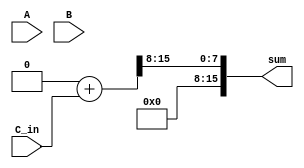
module fixed_point_adder (
    input [15:0] A,
    input [15:0] B,
    input [15:0] C_in,
    output reg [15:0] sum
);

reg [15:0] intermediate_result;
reg [15:0] final_result;

// First arithmetic block
reg [15:0] shift_reg1;
reg [15:0] shifted_A;
reg [15:0] shifted_B;

always @(*) begin
    shift_reg1 = {B[15], B, 8'b0}; // Shift register with B
    shifted_A = A << 8; // Shift A to align decimal points
    shifted_B = shift_reg1 << 8; // Shift B to align decimal points
    intermediate_result = shifted_A + shifted_B; // Add A and B
    intermediate_result = intermediate_result >> 8; // Shift right to adjust decimal point position
end

// Second arithmetic block
reg [15:0] shift_reg2;
reg [15:0] shifted_intermediate_result;

always @(*) begin
    shift_reg2 = {intermediate_result[15], intermediate_result, 8'b0}; // Shift register with intermediate result
    shifted_intermediate_result = shift_reg2 << 8; // Shift intermediate result
    final_result = shifted_intermediate_result + C_in; // Add intermediate result and carry-in
    sum = final_result >> 8; // Output sum with correct decimal point alignment
end

endmodule